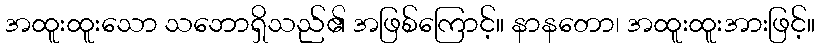
အထူးထူးသော သဘောရှိသည်၏ အဖြစ်ကြောင့်။ နာနတော၊ အထူးထူးအားဖြင့်။